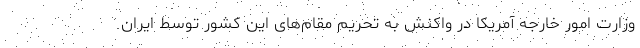
وزارت امور خارجه آمریکا در واکنش به تحریم مقام‌های این کشور توسط ایران